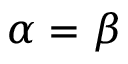
\alpha = \beta